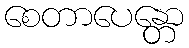
စေတာပေန္တော